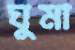
ঘুমা